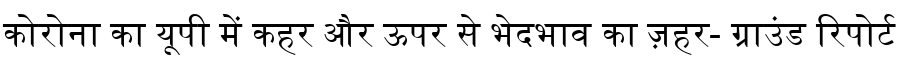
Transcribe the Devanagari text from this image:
कोरोना का यूपी में कहर और ऊपर से भेदभाव का ज़हर- ग्राउंड रिपोर्ट